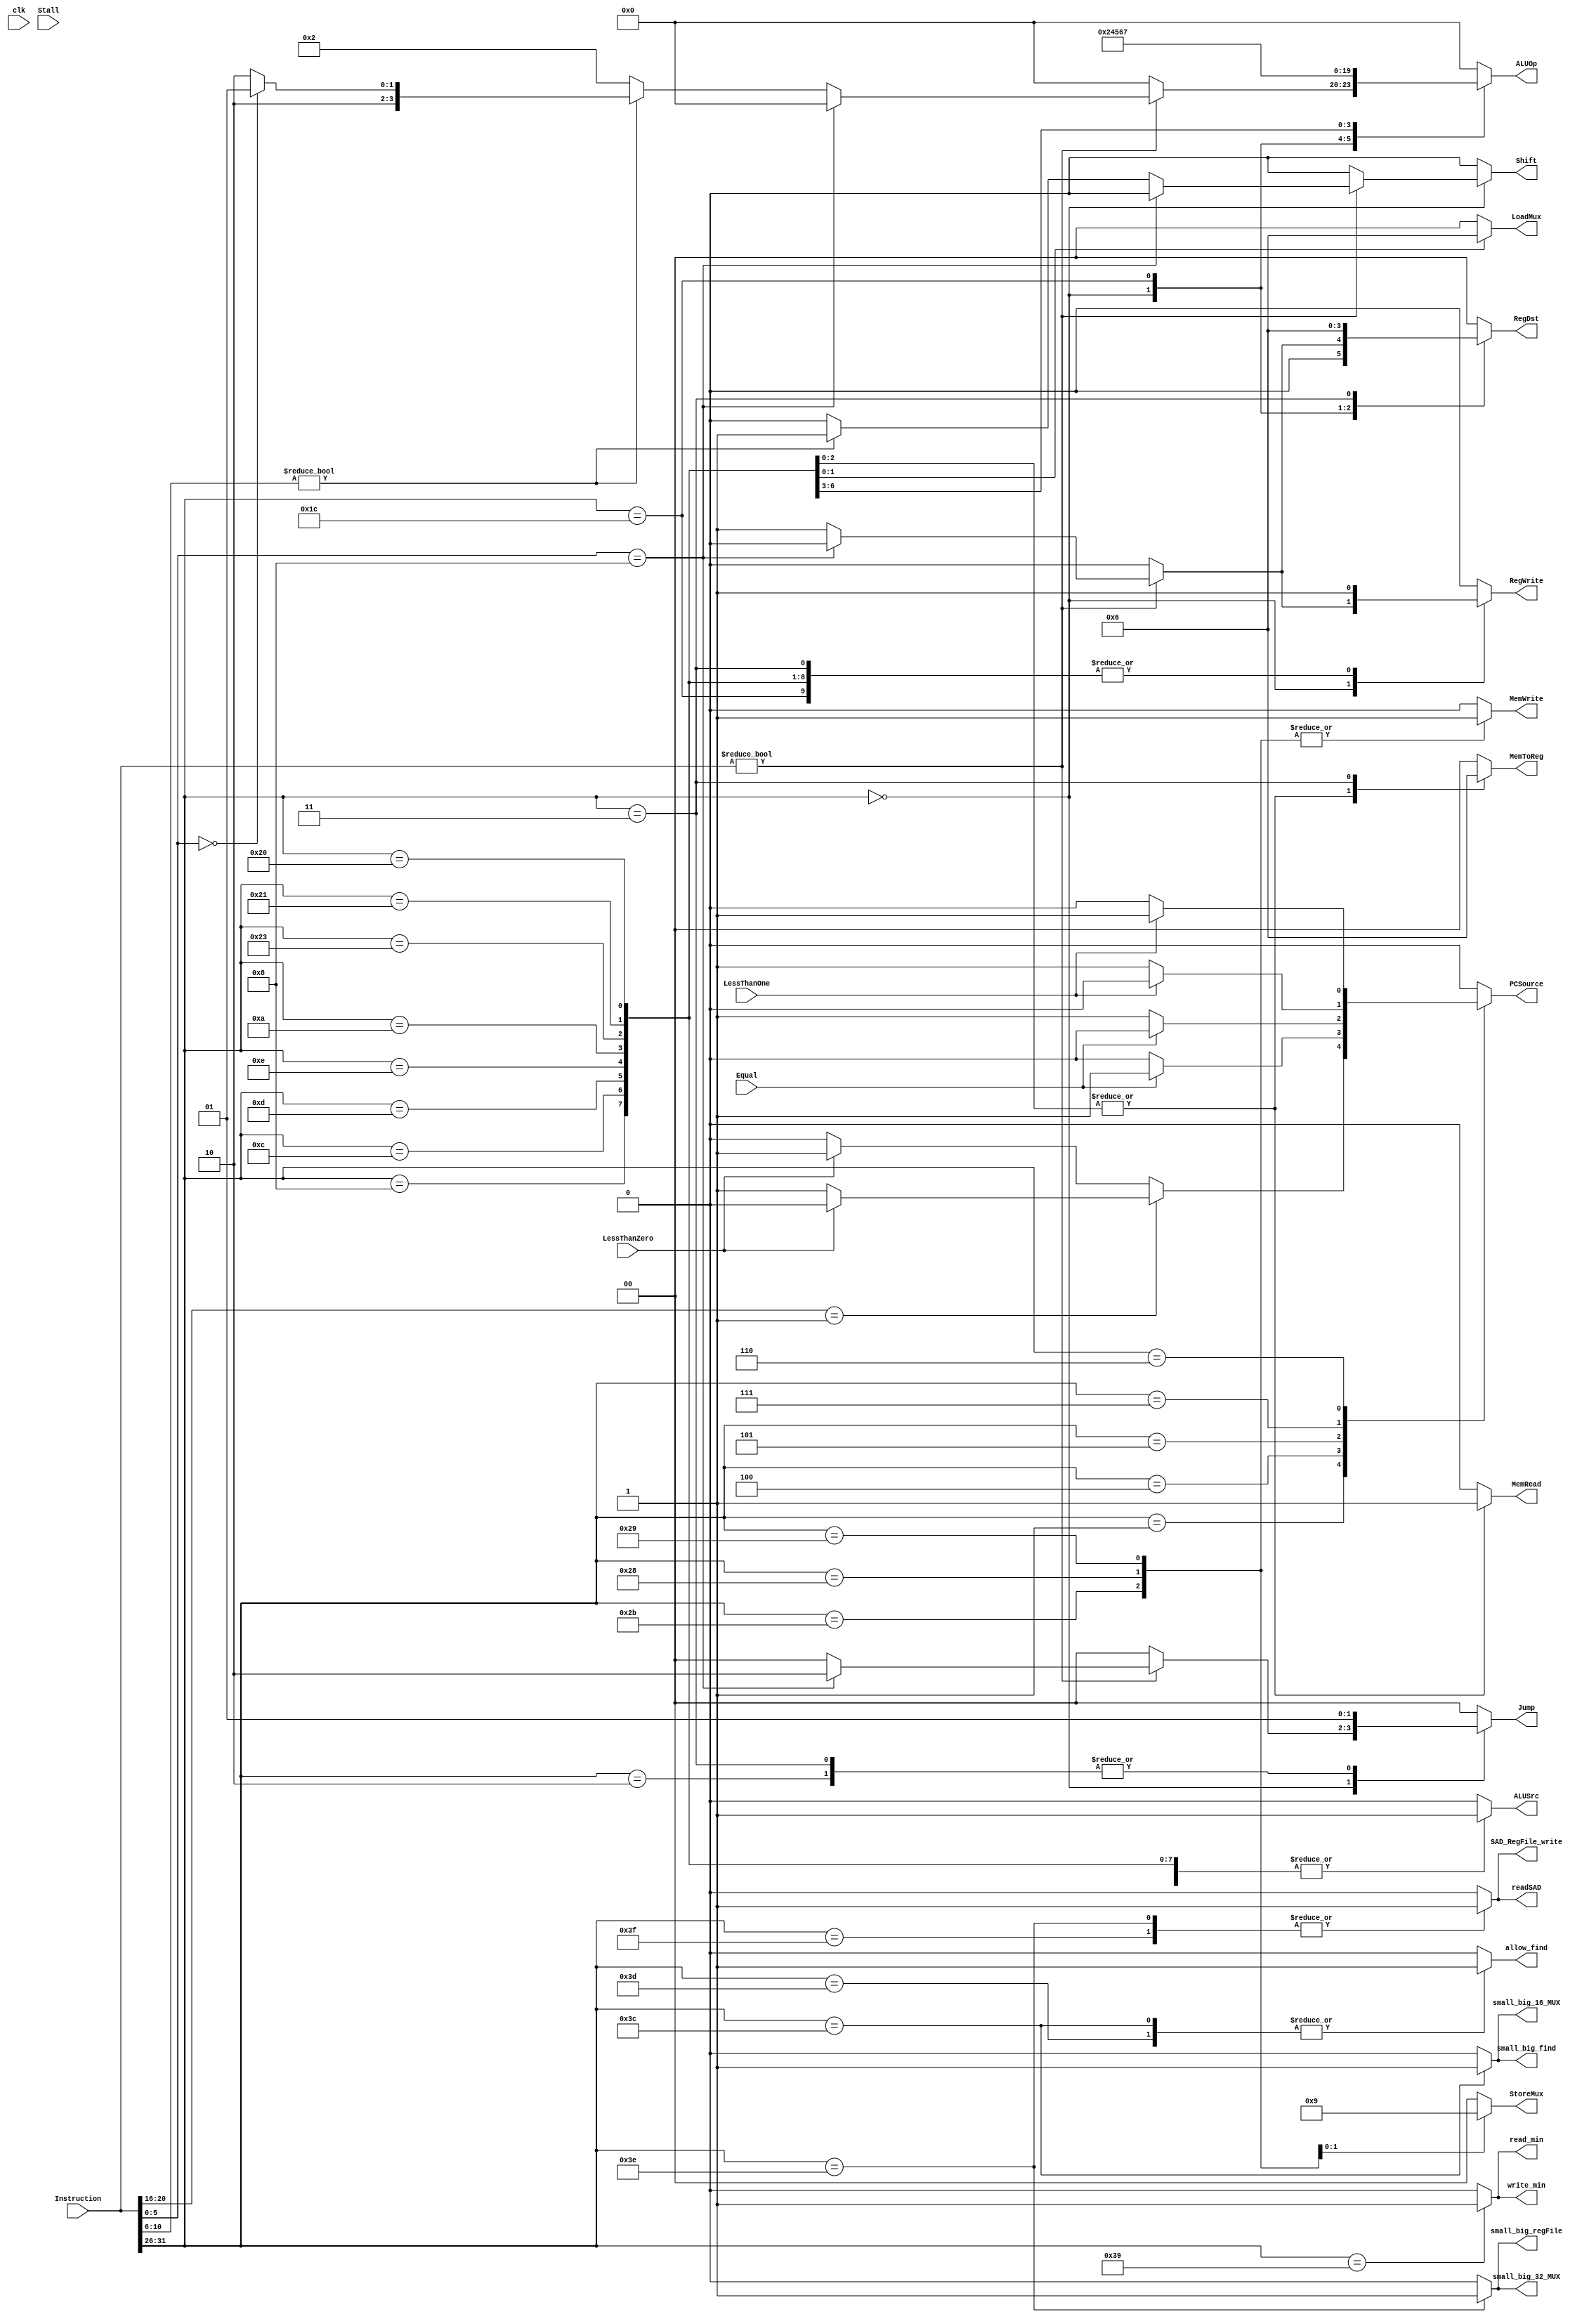
`timescale 1ns / 1ps
//////////////////////////////////////////////////////////////////////////////////
// Company: 
// Engineer: 
// 
// Design Name: 
// Module Name: Controller
// Project Name: 
// Target Devices: 
// Tool Versions: 
// Description: 
// 
// Dependencies: 
// 
// Revision:
// Revision 0.01 - File Created
// Additional Comments:
// 
//////////////////////////////////////////////////////////////////////////////////


module Controller(Instruction, LessThanZero, LessThanOne, Equal, ALUSrc, RegDst, ALUOp, MemRead, MemWrite, StoreMux, RegWrite, 
                MemToReg, LoadMux, PCSource, Jump, Shift, clk, Stall, small_big_32_MUX, small_big_16_MUX, readSAD, small_big_regFile, 
                SAD_RegFile_write, small_big_find, read_min, write_min, allow_find);

    input [31:0] Instruction;
    input LessThanZero;
    input  LessThanOne;
    input  Equal, clk, Stall;

    output reg ALUSrc, Shift; //EX control signals
    output reg [1:0] RegDst;  //EX control signals
    output reg [3:0] ALUOp;   //EX control signal
    output reg MemRead;       //Mem control signals
    output reg MemWrite;      //Mem control signals
    output reg [1:0] StoreMux;//Mem control signals
    output reg RegWrite;      //WB control signals
    output reg [1:0] MemToReg;//WB control signals 
    output reg [1:0] LoadMux; //WB control signals    
    output reg PCSource;      //Branch control signal
    output reg [1:0] Jump;    //Jump control signal
    
    output reg small_big_32_MUX;                                                            //EX competition signals
    output reg readSAD, small_big_16_MUX;                                                   //Mem competition signals
    output reg small_big_regFile, SAD_RegFile_write, small_big_find, read_min, write_min, allow_find;   //WB competition signals

   always @(*) begin
       ALUSrc <= 0;
       RegDst <= 0;
       ALUOp <= 0;
       MemRead <= 0;
       MemWrite <= 0;
       StoreMux <= 0;
       RegWrite <= 0;
       MemToReg <= 0; 
       LoadMux <= 0;
       PCSource <= 0; 
       Jump <= 0; 
       Shift <= 0;
       small_big_32_MUX <= 0;
       readSAD <= 0;
       small_big_16_MUX <= 0;
       small_big_regFile <= 0;
       SAD_RegFile_write <= 0; 
       small_big_find <= 0;
       read_min <= 0;
       write_min <= 0;
       allow_find <= 0;
    
    //if(~Stall) begin //if stall == 1, every signal is set to 0. Otherwise, we decode Instruction
         case (Instruction[31:26])
            ////////////////////////////////R-type, load, store//////////////////////////////////////////////////
            //R-type
            6'b000000: begin
                if (Instruction != 0) begin //This is for the NOP Instructions
                    if (Instruction[5:0] == 6'b001000) begin  //jr instruction
                        Jump <= 2;   
                    end else if (Instruction[10:6] != 0) begin //sll and srl
                        if (Instruction[5:0] == 6'b000000) begin //sll
                            RegDst <= 1;      
                            ALUOp <= 9;       
                            RegWrite <= 1;
                            Shift <= 1;
                        end else begin                            //srl
                            RegDst <= 1;      
                            ALUOp <= 10;       
                            RegWrite <= 1;
                            Shift <= 1;
                        end
                    end else begin                         //everything else
                        RegDst <= 1;      
                        ALUOp <= 2;       
                        RegWrite <= 1;
                    end
               end
            end
            6'b011100: begin
                RegDst <= 1;      
                ALUOp <= 2;       
                RegWrite <= 1;
            end
            //addi
            6'b001000: begin
              ALUSrc <= 1;
              ALUOp <= 0;
              RegWrite <= 1;
            end
            //sw
            6'b101011: begin 
              ALUSrc <= 1;
              ALUOp <= 0;
              MemWrite <= 1;
            end
            //sb
            6'b101000: begin
              ALUSrc <= 1;
              ALUOp <= 0;
              MemWrite <= 1;
              StoreMux <= 2;
            end
            //sh
            6'b101001:begin
              ALUSrc <= 1;
              ALUOp <= 0;
              MemWrite <= 1;
              StoreMux <= 1;
            end
           //lw
            6'b100011: begin 
              ALUSrc <= 1;
              ALUOp <= 0;
              MemRead <= 1;
              MemToReg <= 2'b01;
              RegWrite <= 1;
            end    
            //lh
            6'b100001: begin 
              ALUSrc <= 1;
              ALUOp <= 0;
              MemRead <= 1;
              MemToReg <= 1;
              RegWrite <= 1;
              LoadMux <= 1;
            end
            //lbv
            6'b100000: begin
              ALUSrc <= 1;
              ALUOp <= 0;
              MemRead <= 1;
              MemToReg <= 1;
              RegWrite <= 1;
              LoadMux <= 2;
            end       
    
    /////////////////////////////////////branch and jump//////////////////////////////////////////////////
              6'b000001: begin
                if (Instruction[20:16] == 1) begin  //bgez (check rt bits to see the difference) 
                  if (LessThanZero == 0) begin    
                    PCSource <= 1;
                    Jump <= 0;
                  end
                end else begin                      //bltz
                  if (LessThanZero == 1) begin     
                    PCSource <= 1;
                    Jump <= 0;
                  end
                end
              end
        
            //beq
            6'b000100: begin
              if (Equal == 1) begin
                PCSource <= 1;
                Jump <= 0;
              end 
            end
            //bne
            6'b000101: begin
              if (Equal == 0) begin
                PCSource <= 1;
                Jump <= 0;
              end
            end
            //bgtz
            6'b000111: begin
              if (LessThanOne == 0) begin
                PCSource <= 1;
                Jump <= 0;
              end
            end
            //blez
            6'b000110: begin 
              if (LessThanOne == 1) begin
                PCSource <= 1;
                Jump <= 0;
              end
            end
            //j  
            6'b000010: begin
              Jump <= 1;
            end
            //jal
            6'b000011: begin 
              RegDst <= 2;
              MemToReg <= 2;
              RegWrite <= 1;
              Jump <= 1;
            end
    /////////////////////////////////////immediate//////////////////////////////////////////////////
    
            //logical
            6'b001100: begin //andi
                ALUSrc <= 1;
                ALUOp <= 4;
                RegWrite <= 1;
            end
    
            6'b001101: begin //ori
                ALUSrc <= 1;
                ALUOp <= 5;
                RegWrite <= 1;
            end
    
            6'b001110: begin //xori
                ALUSrc <= 1;
                ALUOp <= 6;
                RegWrite <= 1;
            end
    
            6'b001010: begin //slti
                ALUSrc <= 1;
                ALUOp <= 7;
                RegWrite <= 1;  
            end
            
            default: begin
            RegWrite <= 0;
            end
   /////////////////////////////////////competition//////////////////////////////////////////////////
            //Big_SAD
            6'b111111: begin
                small_big_32_MUX  <= 0;
                readSAD           <= 1;
                small_big_regFile <= 0;
                SAD_RegFile_write <= 1;
            end
            //Small_SAD
            6'b111110: begin
                small_big_32_MUX  <= 1;
                readSAD           <= 1;
                small_big_regFile <= 1;
                SAD_RegFile_write <= 1;
            end
            //FindMin_Big
            6'b111101: begin
                small_big_16_MUX  <= 0;
                small_big_find    <= 0;
                allow_find        <= 1;
            end
            //FindMin_Small
            6'b111100: begin
                small_big_16_MUX  <= 1;
                small_big_find    <= 1;     
                allow_find        <= 1;
           
            end
            //Read_Min
            6'b111001: begin
                read_min          <= 1;
                write_min         <= 1;
            end
    
         endcase
      end  
endmodule